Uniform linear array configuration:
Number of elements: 12
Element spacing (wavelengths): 0.75
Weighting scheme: uniform
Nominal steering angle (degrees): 60
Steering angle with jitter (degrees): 60.177
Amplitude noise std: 0.05
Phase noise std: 0.05

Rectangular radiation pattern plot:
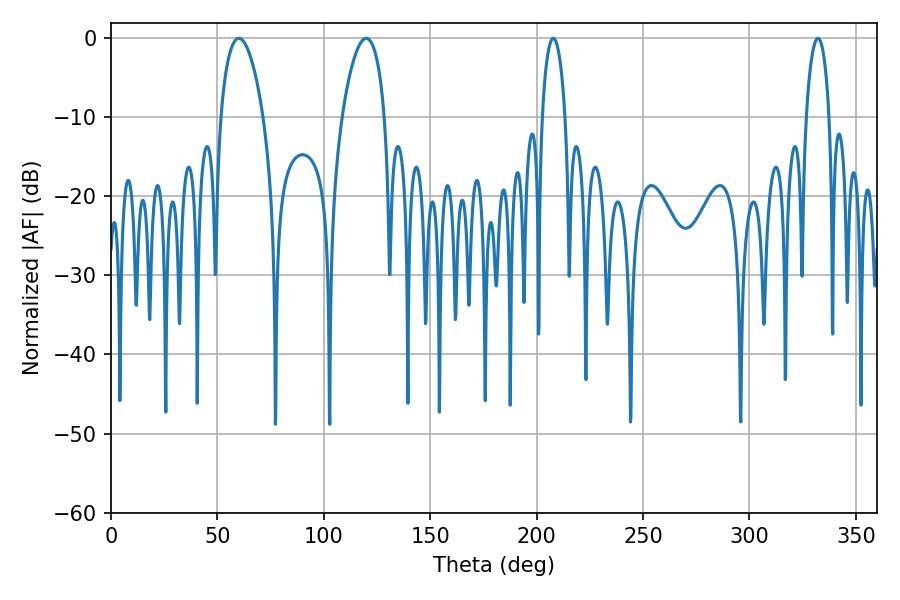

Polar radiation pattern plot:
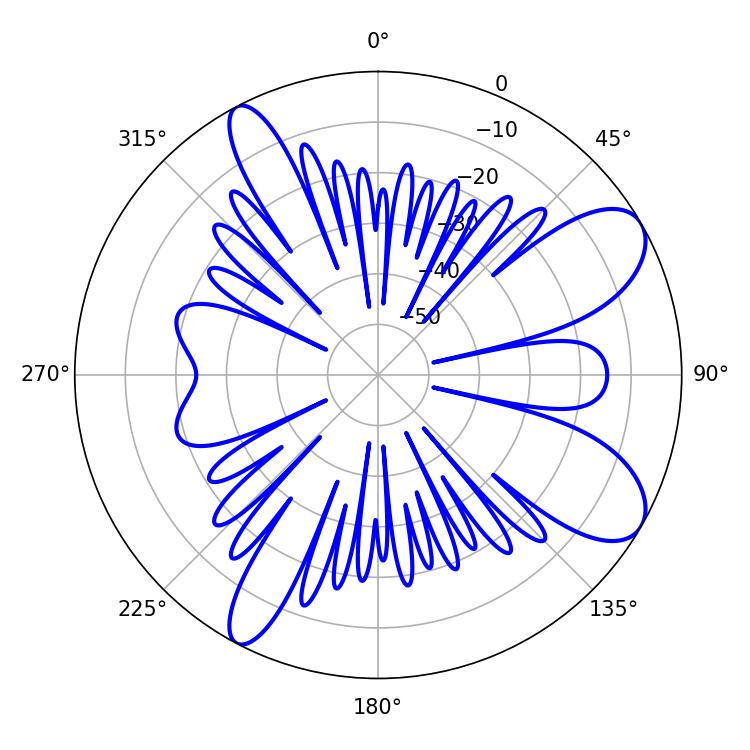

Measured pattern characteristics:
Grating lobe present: TRUE
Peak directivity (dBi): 8.971
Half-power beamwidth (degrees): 11.34
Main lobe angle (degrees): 60.12